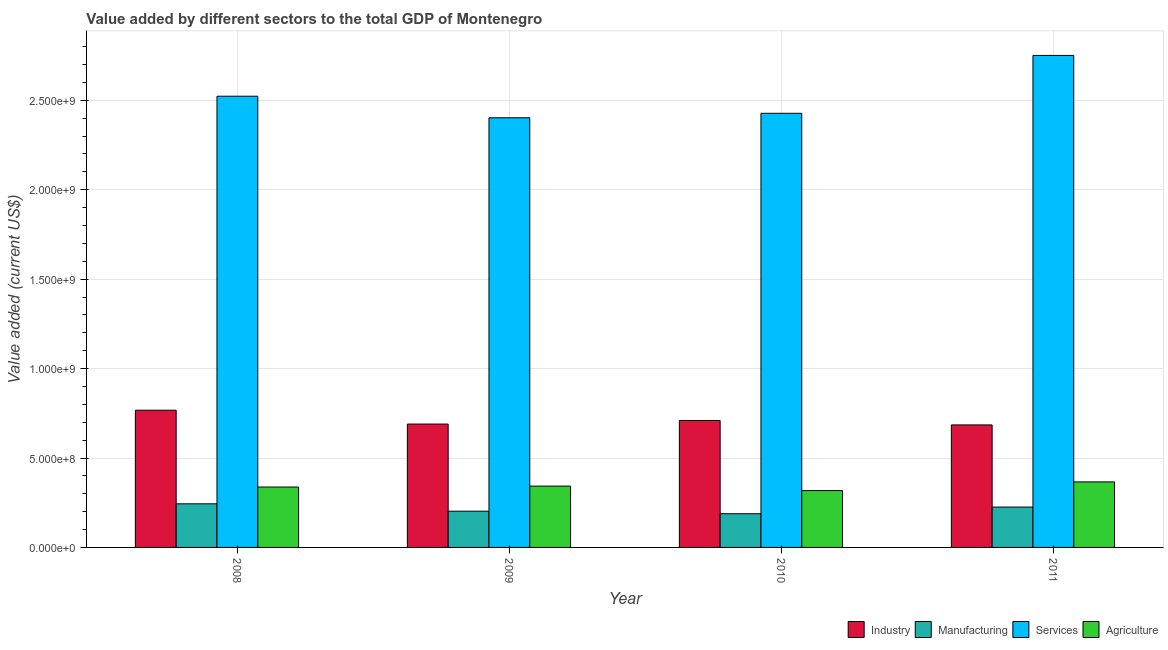
| Year | Industry | Manufacturing | Services | Agriculture |
 | --- | --- | --- | --- | --- |
 | 2008 | 7.67e+08 | 2.44e+08 | 2.52e+09 | 3.38e+08 |
 | 2009 | 6.9e+08 | 2.03e+08 | 2.4e+09 | 3.43e+08 |
 | 2010 | 7.1e+08 | 1.88e+08 | 2.43e+09 | 3.18e+08 |
 | 2011 | 6.85e+08 | 2.26e+08 | 2.75e+09 | 3.66e+08 |